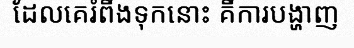
ដែលគេរំពឹងទុកនោះ គឺការបង្ហាញ